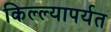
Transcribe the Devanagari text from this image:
किल्ल्यापर्यत